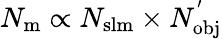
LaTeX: N_{\mathrm{{m}}}\propto N_{\mathrm{{slm}}}\times N_{\mathrm{{obj}}}^{'}